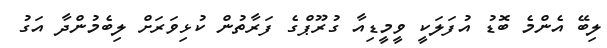
ލިބޭ އެންމެ ބޮޑު އުފަލަކީ ވީމީޑިއާ ގުރޫޕްގެ ފަރާތުން ކުޅިވަރަށް ލިބެމުންދާ އަގު